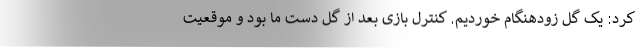
کرد: یک گل زودهنگام خوردیم. کنترل بازی بعد از گل دست ما بود و موقعیت